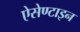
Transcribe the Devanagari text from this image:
ऐसेण्टाइन